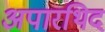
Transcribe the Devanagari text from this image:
अपारथिद